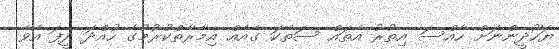
ޔަހޫދީންނަށް ހާއްސަ އިތުރު އެތައް ސަތޭކަ ގެއެއް އިމާރާތްކުރުމުގެ ހުއްދަ ދީފަ އެވެ.